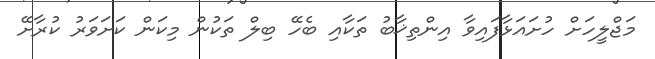
މަޖްލީހަށް ހުށައަޅާފައިވާ އިންތިޚާބު ތަކާއި ބެހޭ ބިލް ތަކުން މިކަން ކަށަވަރު ކުރާށޭ